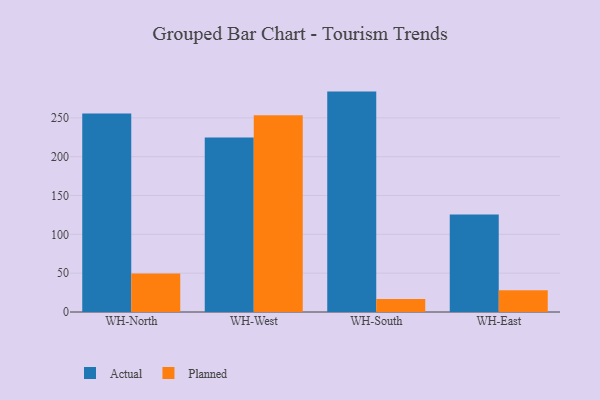
{"axis": {"x": "Warehouse", "y": "Headcount"}, "legend": ["Actual", "Planned"], "data": [{"x": "WH-North", "y": 255.7, "type": "Actual"}, {"x": "WH-North", "y": 49.6, "type": "Planned"}, {"x": "WH-West", "y": 224.8, "type": "Actual"}, {"x": "WH-West", "y": 253.2, "type": "Planned"}, {"x": "WH-South", "y": 283.8, "type": "Actual"}, {"x": "WH-South", "y": 16.9, "type": "Planned"}, {"x": "WH-East", "y": 125.7, "type": "Actual"}, {"x": "WH-East", "y": 28.1, "type": "Planned"}]}